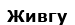
Живгу